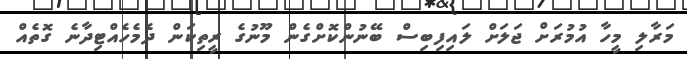
މަރާލި މީހާ އުމުރަށް ޖަލަށް ލައިފިބިސް ބޭނުންކޮށްގެން މޫނުގެ ރީތިކަން ދެމެހެއްޓިދާނެ ގޮތެއް